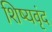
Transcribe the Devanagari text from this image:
शिष्यवृंद